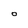
Character: 0